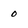
Character: 0